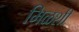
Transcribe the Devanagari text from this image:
मिळशी